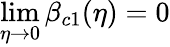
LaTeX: \operatorname*{lim}_{\eta\to 0}\beta_{c1}(\eta)=0